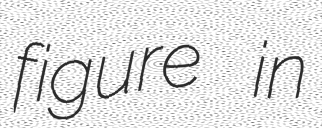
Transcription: figure in